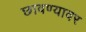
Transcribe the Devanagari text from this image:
छावण्यावर